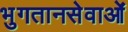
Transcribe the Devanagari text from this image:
भुगतानसेवाओं